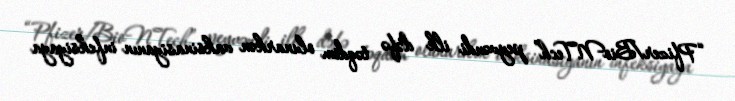
“Pfizer/BioNTech” peyvəndi ilk dəfə təqdim olunarkən vaksinasiyanın infeksiyaya